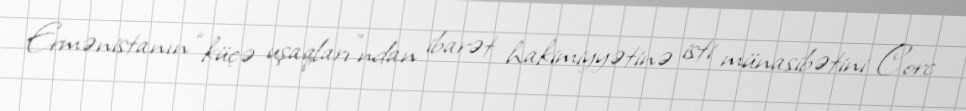
Ermənistanın “küçə uşaqları”ndan ibarət hakimiyyətinə isti münasibətini Corc